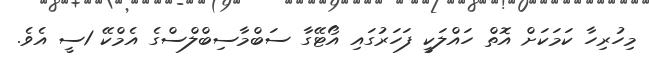
މިހުރިހާ ކަމަކަށް އޮތް ހައްލަކީ ފަހަރުގައި އޯޓޭގާ ސަބްމާސިބްލްސްގެ އެމްކޭ 1ސީ އެވެ.